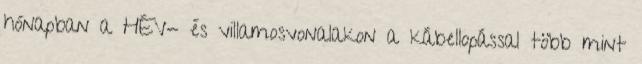
hónapban a HÉV- és villamosvonalakon a kábellopással több mint